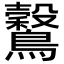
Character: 𪇗